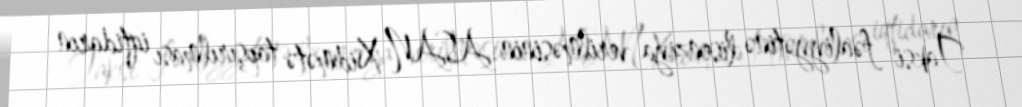
Taksi fəaliyyətinə lisenziya verilməsinin ASAN Xidmətə tapşırılması iqtidarın